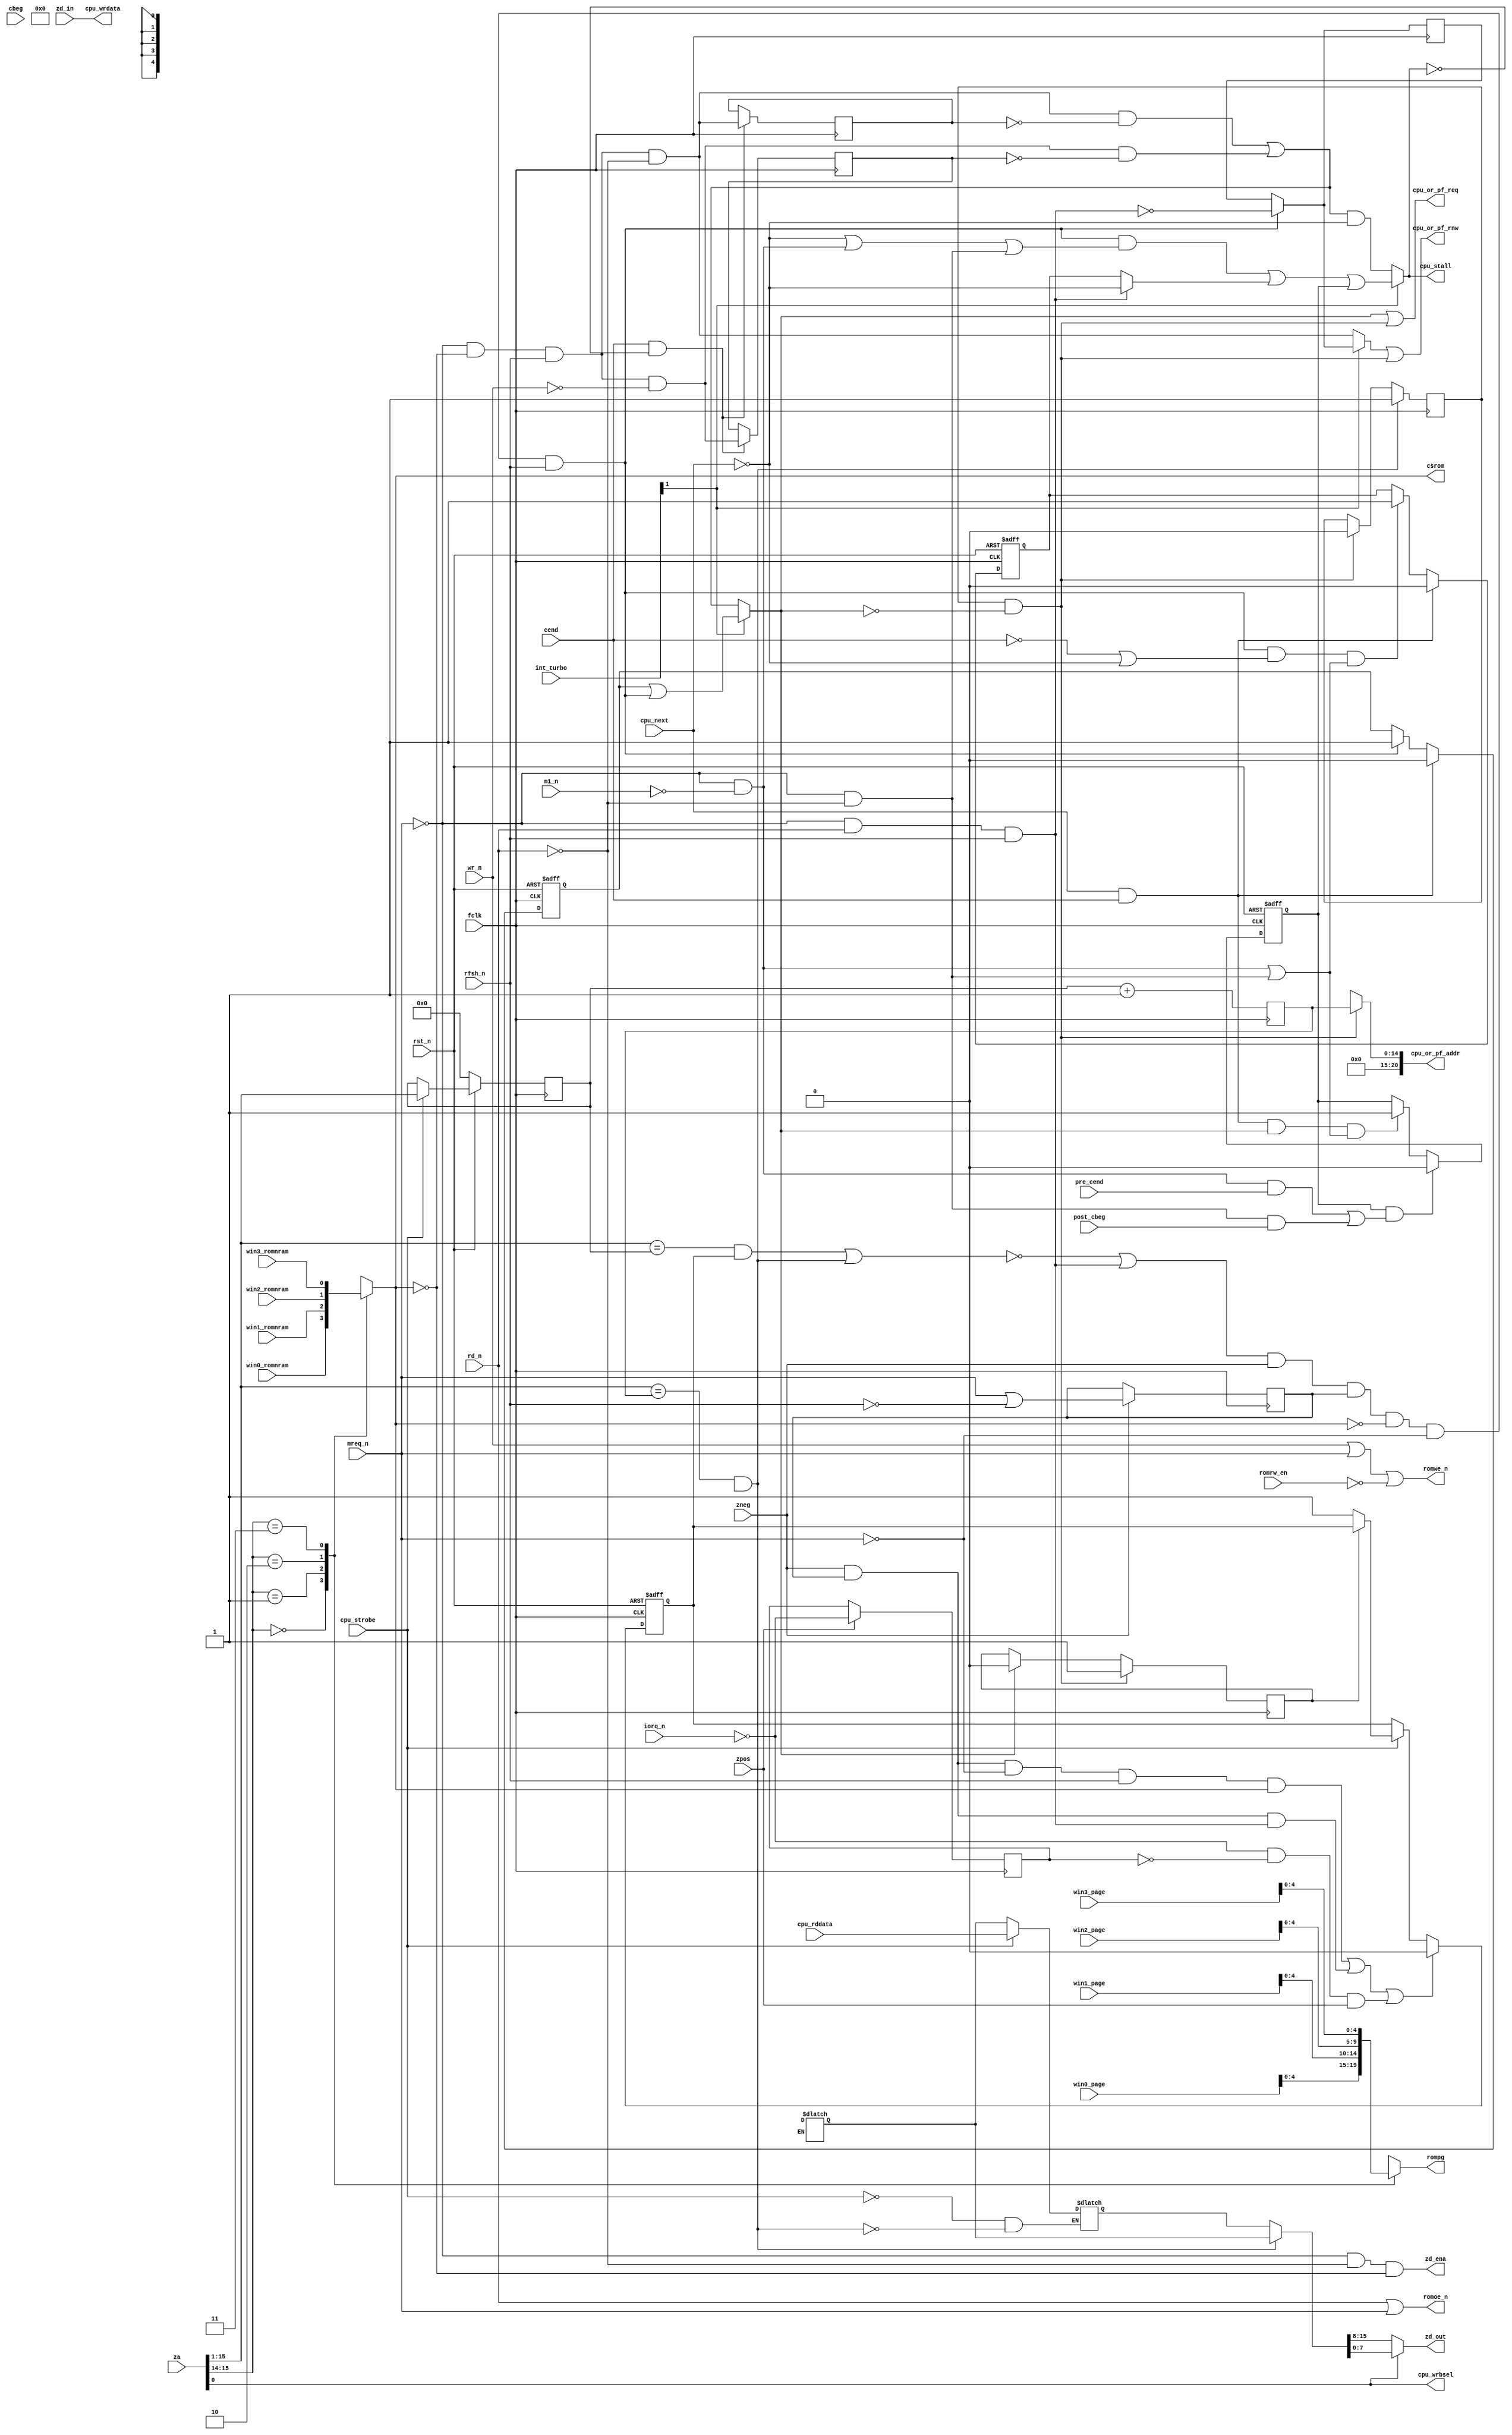
module zmem(

	input  wire fclk,
	input  wire rst_n,

	input  wire zpos, //
	input  wire zneg, // strobes which show positive and negative edges of zclk

	input  wire cbeg,      // DRAM synchronization
	input  wire post_cbeg, //
	input  wire pre_cend,  //
	input  wire cend,      //


	input  wire [15:0] za,

	input  wire [ 7:0] zd_in, // won't emit anything to Z80 bus, data bus mux is another module
	output wire [ 7:0] zd_out, // output to Z80 bus

	output wire zd_ena, // out bus to the Z80

	input  wire m1_n,
	input  wire rfsh_n,
	input  wire mreq_n,
	input  wire iorq_n,
	input  wire rd_n,
	input  wire wr_n,


	input  wire [ 1:0] int_turbo, // 2'b00 - 3.5,
	                              // 2'b01 - 7.0,
	                              // 2'b1x - 14.0



	input  wire        win0_romnram, // four windows, each 16k,
	input  wire        win1_romnram, // ==1 - there is rom,
	input  wire        win2_romnram, // ==0 - there is ram
	input  wire        win3_romnram, //

	input  wire [ 7:0] win0_page, // which 16k page is in given window
	input  wire [ 7:0] win1_page, //
	input  wire [ 7:0] win2_page, //
	input  wire [ 7:0] win3_page, //


	input  wire        romrw_en,


	output reg  [ 4:0] rompg, // output for ROM paging
	output wire        romoe_n,
	output wire        romwe_n,
	output wire        csrom,


	output wire        cpu_or_pf_req,
	output wire        cpu_or_pf_rnw, //1=read,0=write
	output wire [20:0] cpu_or_pf_addr,
	output wire [ 7:0] cpu_wrdata,
	output wire        cpu_wrbsel, //hsb/lsb

	input  wire [15:0] cpu_rddata,

	input  wire        cpu_next,
	input  wire        cpu_strobe,


	output wire        cpu_stall // for zclock

);


	wire [1:0] win;
	reg [7:0] page;
	reg romnram;



	reg prefetch_strobe; //when prefetch from RAM is needed (maybe impossible)
	wire prefetch_strobe_out; //real strobe

	reg [15:0] rd_buf;
	reg [15:0] prefetch_buf;
	wire [15:0] rd_or_pf_buf;
	reg	   prefetch_valid;

	reg [15:1] cached_addr;
	reg [15:1] prefetch_addr; //(addr of prefetch_buf)+2
	reg        cached_addr_valid;

	wire cache_hit;
	wire prefetch_hit;

	reg pfncpu; //1=prefetch access, 0=CPU access

	wire dram_beg; //begin of RAM access from CPU
	wire opfetch, memrd, memwr;
	wire stall14, stall7_35;

	wire stall14_ini;
	wire stall14_cyc;
	reg  stall14_cycrd;
	reg  stall14_fin;

	reg r_mreq_n;


	reg pending_cpu_req;

	reg cpu_rnw_r;



	// this is for 7/3.5mhz  
	wire ramreq;
	wire ramwr,ramrd;
	wire cpureq_357;
	reg ramrd_reg,ramwr_reg;






	// make paging
	assign win[1:0] = za[15:14];

	always @*
	case( win )
		2'b00: begin
			page    = win0_page;
			romnram = win0_romnram;
		end

		2'b01: begin
			page    = win1_page;
			romnram = win1_romnram;
		end

		2'b10: begin
			page    = win2_page;
			romnram = win2_romnram;
		end

		2'b11: begin
			page    = win3_page;
			romnram = win3_romnram;
		end
	endcase


	// rom paging - only half a megabyte addressing.
	always @*
	begin
		rompg[4:0] = page[4:0];
	end




	assign romwe_n = wr_n | mreq_n | (~romrw_en);
	assign romoe_n = rd_n | mreq_n;

	assign csrom = romnram; // positive polarity!


	assign cpu_or_pf_req = cpu_req || prefetch_req;
	assign cpu_or_pf_rnw = cpu_rnw || prefetch_req; //1=read,0=write
	assign cpu_or_pf_addr = prefetch_req ? prefetch_addr : cpu_addr;


	//make prefetch_addr
	always @(posedge fclk)
	begin
		prefetch_addr = cached_addr + 1;
	end


	// 7/3.5mhz support

	assign ramreq = (~mreq_n) && (~romnram) && rfsh_n;
	assign ramrd = ramreq & (~rd_n);
	assign ramwr = ramreq & (~wr_n);

	always @(posedge fclk)
	if( cend && (!cpu_stall) )
	begin
		ramrd_reg <= ramrd;
		ramwr_reg <= ramwr;
	end

	assign cpureq_357 = ( ramrd & (~ramrd_reg) ) | ( ramwr & (~ramwr_reg) );
	



	assign zd_ena = (~mreq_n) & (~rd_n) & (~romnram);



	assign cache_hit = ( (za[15:1] == cached_addr[15:1]) && cached_addr_valid );
	assign prefetch_hit = ( (za[15:1] == prefetch_addr[15:1]) && prefetch_addr_valid );

	assign prefetch_req = pending_prefetch_req & (~cpu_req);

	always @(posedge fclk)
	begin
		if ( prefetch_hit )
			pending_prefetch_req <= 1'b1; //next tick
		else if ( prefetch_req )
			pending_prefetch_req <= 1'b0; //next tick
	end

	always @(posedge fclk)
	begin
		if ( prefetch_req )
			pfncpu <= 1'b1; //next tick
		else if ( cpu_req )
			pfncpu <= 1'b0; //next tick
	end

	// strobe the beginnings of DRAM cycles

	always @(posedge fclk)
	if( zneg )
		r_mreq_n <= mreq_n | (~rfsh_n);
	
	//begin of RAM access from CPU
	assign dram_beg = ( (!(cache_hit||prefetch_hit)) || memwr ) && zneg && r_mreq_n && (!romnram) && (!mreq_n) && rfsh_n;

	// access type
	assign opfetch = (~mreq_n) && (~m1_n);
	assign memrd   = (~mreq_n) && (~rd_n);
	assign memwr   = (~mreq_n) &&   rd_n && rfsh_n;


	// wait tables: 
	//
	// M1 opcode fetch, dram_beg coincides with:
	// cend:      +3
	// pre_cend:  +4
	// post_cbeg: +5
	// cbeg:      +6
	//
	// memory read, dram_beg coincides with:
	// cend:      +2
	// pre_cend:  +3
	// post_cbeg: +4
	// cbeg:      +5
	//
	// memory write: no wait
	//
	// special case: if dram_beg pulses 1 when cpu_next is 0,
	// unconditional wait has to be performed until cpu_next is 1, and
	// then wait as if dram_beg would coincide with cbeg

	assign stall14_ini = dram_beg && ( (!cpu_next) || opfetch || memrd ); // no wait at all in write cycles, if next dram cycle is available


	// memrd, opfetch - wait till cend & cpu_next,
	// memwr - wait till cpu_next
	assign stall14_cyc = memwr ? (!cpu_next) : stall14_cycrd;
	//
	always @(posedge fclk, negedge rst_n)
	if( !rst_n )
		stall14_cycrd <= 1'b0;
	else // posedge fclk
	begin
		if( cpu_next && cend )
			stall14_cycrd <= 1'b0;
		else if( dram_beg && ( (!cend) || (!cpu_next) ) && (opfetch || memrd) )
			stall14_cycrd <= 1'b1;
	end
	//
	always @(posedge fclk, negedge rst_n)
	if( !rst_n )
		stall14_fin <= 1'b0;
	else // posedge fclk
	begin
		if( stall14_fin && ( (opfetch&pre_cend) || (memrd&post_cbeg) ) )
			stall14_fin <= 1'b0;
		else if( cpu_next && cend && cpu_req && (opfetch || memrd) )
			stall14_fin <= 1'b1;
	end


	//
	assign cpu_stall = int_turbo[1] ? (stall14_ini | stall14_cyc | stall14_fin) : (cpureq_357 && (!cpu_next));

	// cpu request
	assign cpu_req = int_turbo[1] ? (pending_cpu_req | dram_beg) : cpureq_357;
	//
	assign cpu_rnw = int_turbo[1] ? (dram_beg ? (!memwr) : cpu_rnw_r) : ramrd;
	//
	//
	always @(posedge fclk, negedge rst_n)
	if( !rst_n )
		pending_cpu_req <= 1'b0;
	else if( cpu_next && cend )
		pending_cpu_req <= 1'b0;
	else if( dram_beg )
		pending_cpu_req <= 1'b1;
	//
	always @(posedge fclk)
	if( dram_beg )
		cpu_rnw_r <= !memwr;



	// address, data in and data out
	//
	assign cpu_wrbsel = za[0];
	assign cpu_addr[20:0] = { page[7:0], za[13:1] };
	assign cpu_wrdata = zd_in;
	//
	always @* if( cpu_strobe ) // WARNING! ACHTUNG! LATCH!!!
			rd_buf <= cpu_rddata;
		else if( prefetch_hit )
			rd_buf <= prefetch_buf;
	always @* if( prefetch_strobe ) // WARNING! ACHTUNG! LATCH!!!
		prefetch_buf <= prefetch_rddata;
	//
	assign rd_or_pf_buf = prefetch_hit ? prefetch_buf : rd_buf;
	assign zd_out = cpu_wrbsel ? rd_or_pf_buf[7:0] : rd_or_pf_buf[15:8];





	wire io;
	reg  io_r;
	//
	assign io = (~iorq_n);
	//
	always @(posedge fclk)
	if( zpos )
		io_r <= io;
	//
	always @(posedge fclk, negedge rst_n)
	if( !rst_n )
	begin
		cached_addr_valid <= 1'b0;
		prefetch_valid <= 1'b0;
	end
	else
	begin
		if( (zneg && r_mreq_n && (!mreq_n) && rfsh_n && romnram) || //read from ROM
		    (zneg && r_mreq_n && memwr                         ) || //memory write from CPU
		    (io && (!io_r) && zpos                             ) ) //I/O
		begin
			cached_addr_valid <= 1'b0;
			prefetch_valid <= 1'b0;
		end
		else if( cpu_strobe )
			if ( pfncpu )
				prefetch_valid <= 1'b1;
			else
				cached_addr_valid <= 1'b1;
	end
	//
	always @(posedge fclk)
	if( !rst_n )
	begin
		cached_addr <= 15'd0;
	end
	else if( cpu_strobe )
	begin
		cached_addr[15:1] <= za[15:1];
	end




endmodule